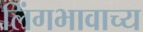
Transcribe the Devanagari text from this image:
लिंगभावाच्य